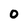
Character: 0